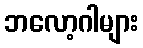
ဘလော့ဂါများ